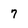
Character: 7